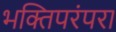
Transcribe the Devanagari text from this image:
भक्तिपरंपरा